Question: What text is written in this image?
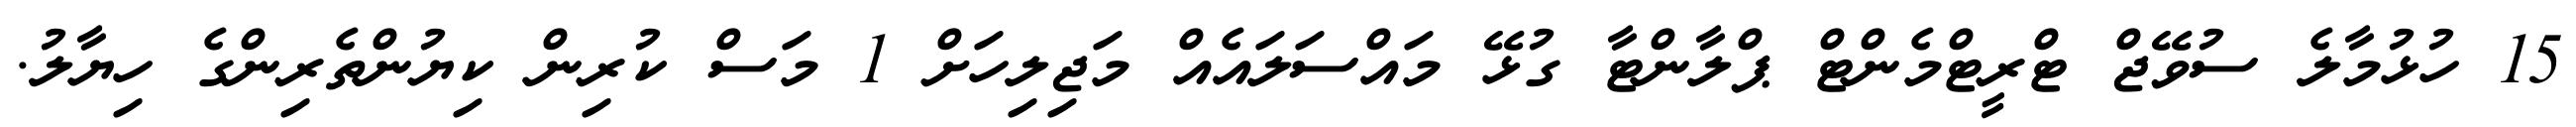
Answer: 15 ހުޅުމާލެ ސުވޭޖް ޓްރީޓްމެންޓް ޕްލާންޓާ ގުޅޭ މައްސަލައެއް މަޖިލިހަށް 1 މަސް ކުރިން ކިޔުންތެރިންގެ ހިޔާލު.